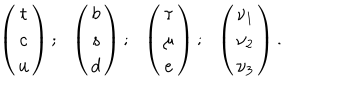
\left( \begin{array} { c } { { t } } \\ { { c } } \\ { { u } } \\ \end{array} \right) ; \ \ \left( \begin{array} { c } { { b } } \\ { { s } } \\ { { d } } \\ \end{array} \right) ; \ \ \left( \begin{array} { c } { { \tau } } \\ { { \mu } } \\ { { e } } \\ \end{array} \right) ; \ \ \left( \begin{array} { c } { { \nu _ { 1 } } } \\ { { \nu _ { 2 } } } \\ { { \nu _ { 3 } } } \\ \end{array} \right) .